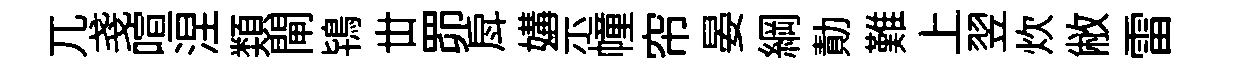
兀戔喧涅𩔖閘鴇丗𦊑戽媾示幢帘晏綱勣難上翌炊敝雷